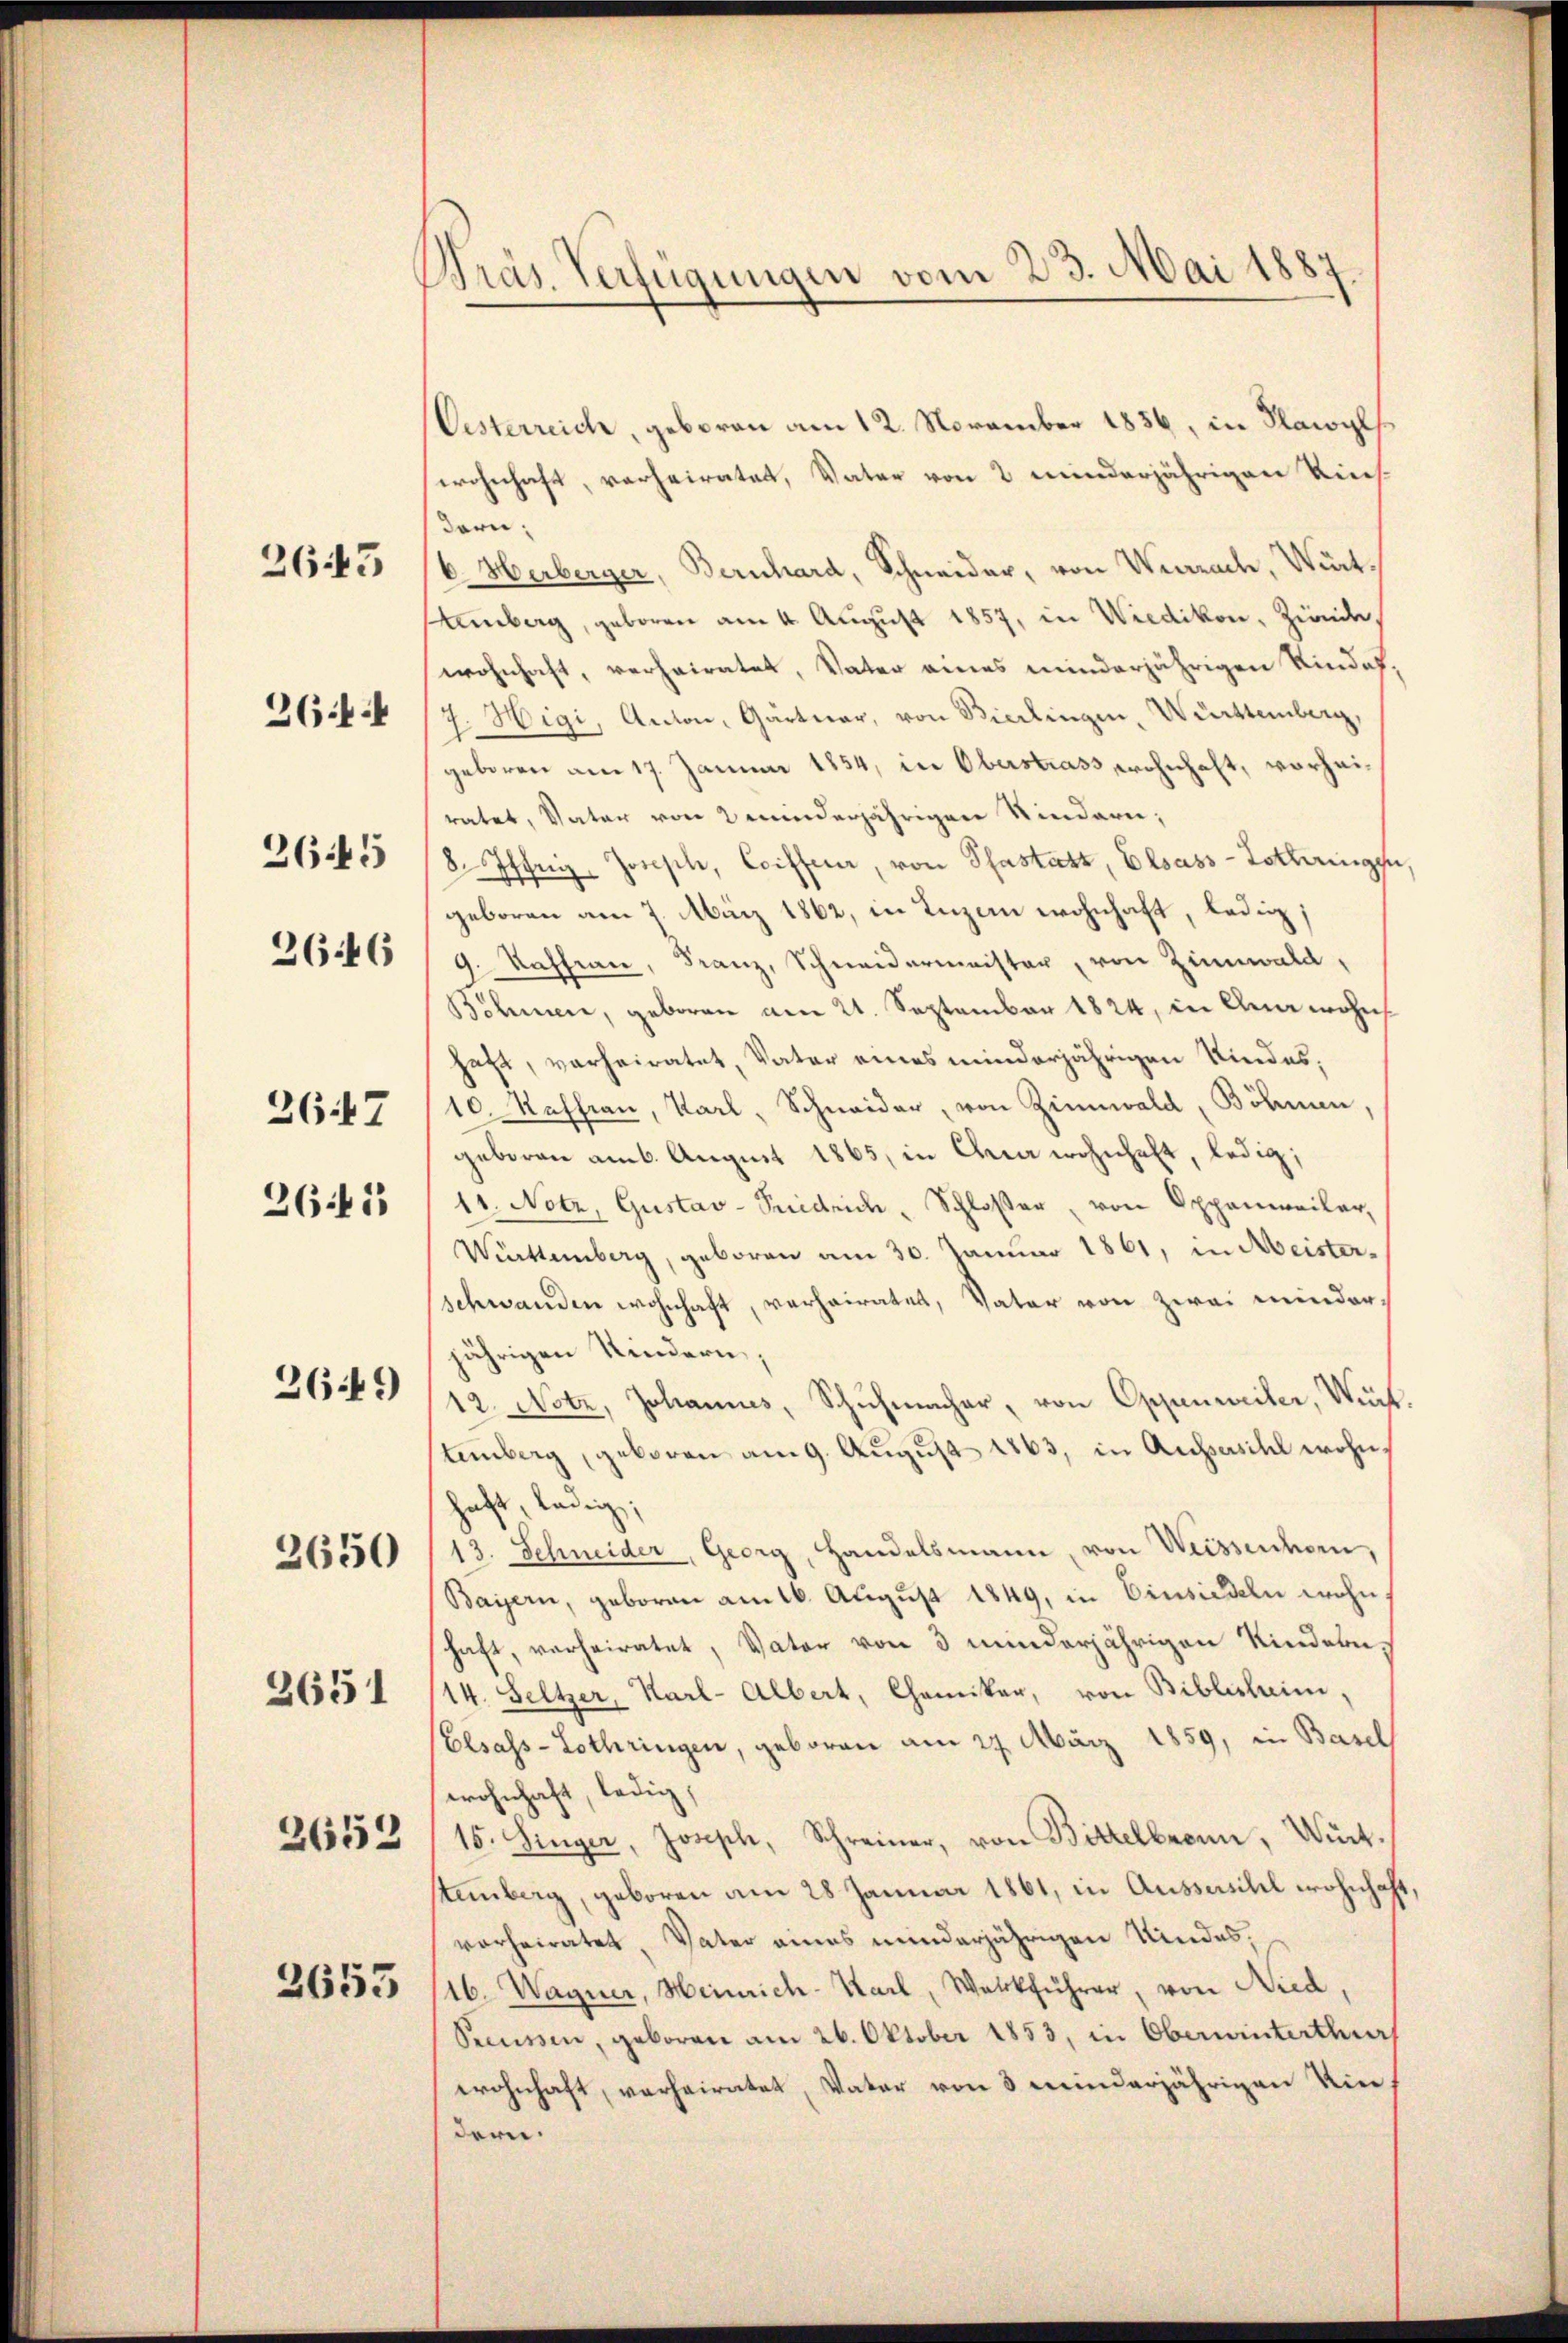
263

261.

2645

2647

2646
261

2649

2650

3651

2652

2653

Bräs. Verfügungen vom 23. Mai 1889

Eisterreich, geboren am 12. November 1856, in Flawylswohnhaft, verheiratet, Vater von 2 minderjährigen Kies-
dern;
6. Herberger, Bernhard, Schneider, von Weerach, Wirt-
mberg, geboren am 4. August 1857, in Wiedikon, Zwecke
wohnhaft, verheiratet, Vater eines minderjährigen Kinde,
7. Wigi, Anton, Gärtwar, von Bierlingen, Württemberg,
geboren am 17. Januar 1854, in Oberstrass wohnhaft, vorheiratet, Vater von 2 minderjährigen Kindern;
8Isther, Joseph, Coifferer, von Phastatt, Elsass-Lothringen
geboren am 7. März 1862, in Luzern wohnhaft, ledig;
9.  Kaffen, Franz, Schneidermeister, von Zinnwald,
Böhmen, geboren am 21. September 1824, in Anawohn
haft, verheiratet, Vater eines minderjährigen Kindes,
10. Raffian, Karl, Schneider, von Zinnwald, Böhmen,
geboren am 6. August 1865, in Charwohnhaft, ledig,
11. Notz, Gustav-Puidrich, Schloßer, von Oppenweiler,
Württemberg, geboren am 30. Januar 1861, in Meister-
schwanden wohnhaft, verheirates, Vater von zwei minderjährigen Kindern;
12. Notz, Johannes, Schuhmacher, von Oppenweiler, Wert.
temberg, geboren am 9. August 1863, in Aussersihl wohnhaft, ledig,
13. Schneider, Georg, Handelsmann, von Weissenhorn,
Bayern, geboren am 16. August 1849, in Einsiedeln wohn
haft, verheiratet, Vater von 3 minderjährigen Kindern,
(14. Seltzer, Karl-Albert, Chemiker, von Biblisheim,
Elsass-Lothringen, geboren am 27. März 1859, in Basel
wohnhaft, ledig,
15. Singer, Joseph, Schreiner, von Bittelbronn, Würt.
stenberg, geboren am 28 Januar 1861, in Aussischel wohnhaft,
vorheiratet. Vater eines minderjährigen Kindes,
16. Wagner, Heinrich-Karl, Werkführer, von Nied,
Secessen, geboren am 26. Oktober 1853, in Oberninterthur
wohnhaft, verheiratet, Vater von 3 minderjährigen Vie
dern.